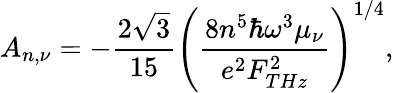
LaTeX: A_{n,\nu}=-\frac{2\sqrt{3}}{15}\left(\frac{8n^{5}\hbar\omega^{3}\mu_{\nu}}{e^{2}F_{THz}^{2}}\right)^{1/4},